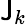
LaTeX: \mathsf{J}_{k}